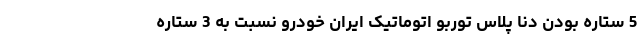
5 ستاره بودن دنا پلاس توربو اتوماتیک ایران خودرو نسبت به 3 ستاره